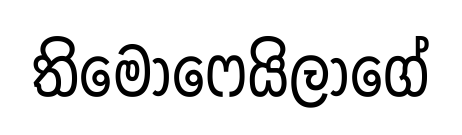
තිමොෆෙයිලාගේ